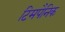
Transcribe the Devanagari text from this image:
टिमपैनिक